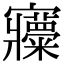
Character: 𡬍